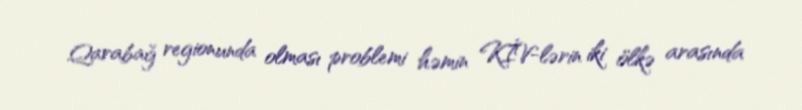
Qarabağ regionunda olması problemi həmin KİV-lərin iki ölkə arasında